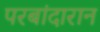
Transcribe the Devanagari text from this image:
परबांदारान